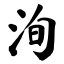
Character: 洵